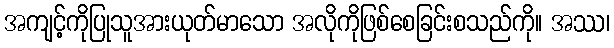
အကျင့်ကိုပြုသူအားယုတ်မာသော အလိုကိုဖြစ်စေခြင်းစသည်ကို။ အဿ၊